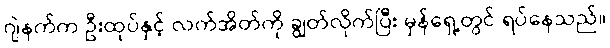
ဂျဲနက်က ဦးထုပ်နှင့် လက်အိတ်ကို ချွတ်လိုက်ပြီး မှန်ရှေ့တွင် ရပ်နေသည်။